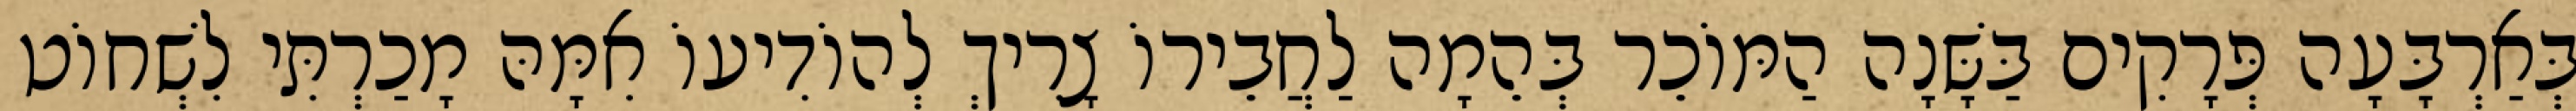
בְּאַרְבָּעָה פְּרָקִים בַּשָּׁנָה הַמּוֹכֵר בְּהֵמָה לַחֲבֵירוֹ צָרִיךְ לְהוֹדִיעוֹ אִמָּהּ מָכַרְתִּי לִשְׁחוֹט